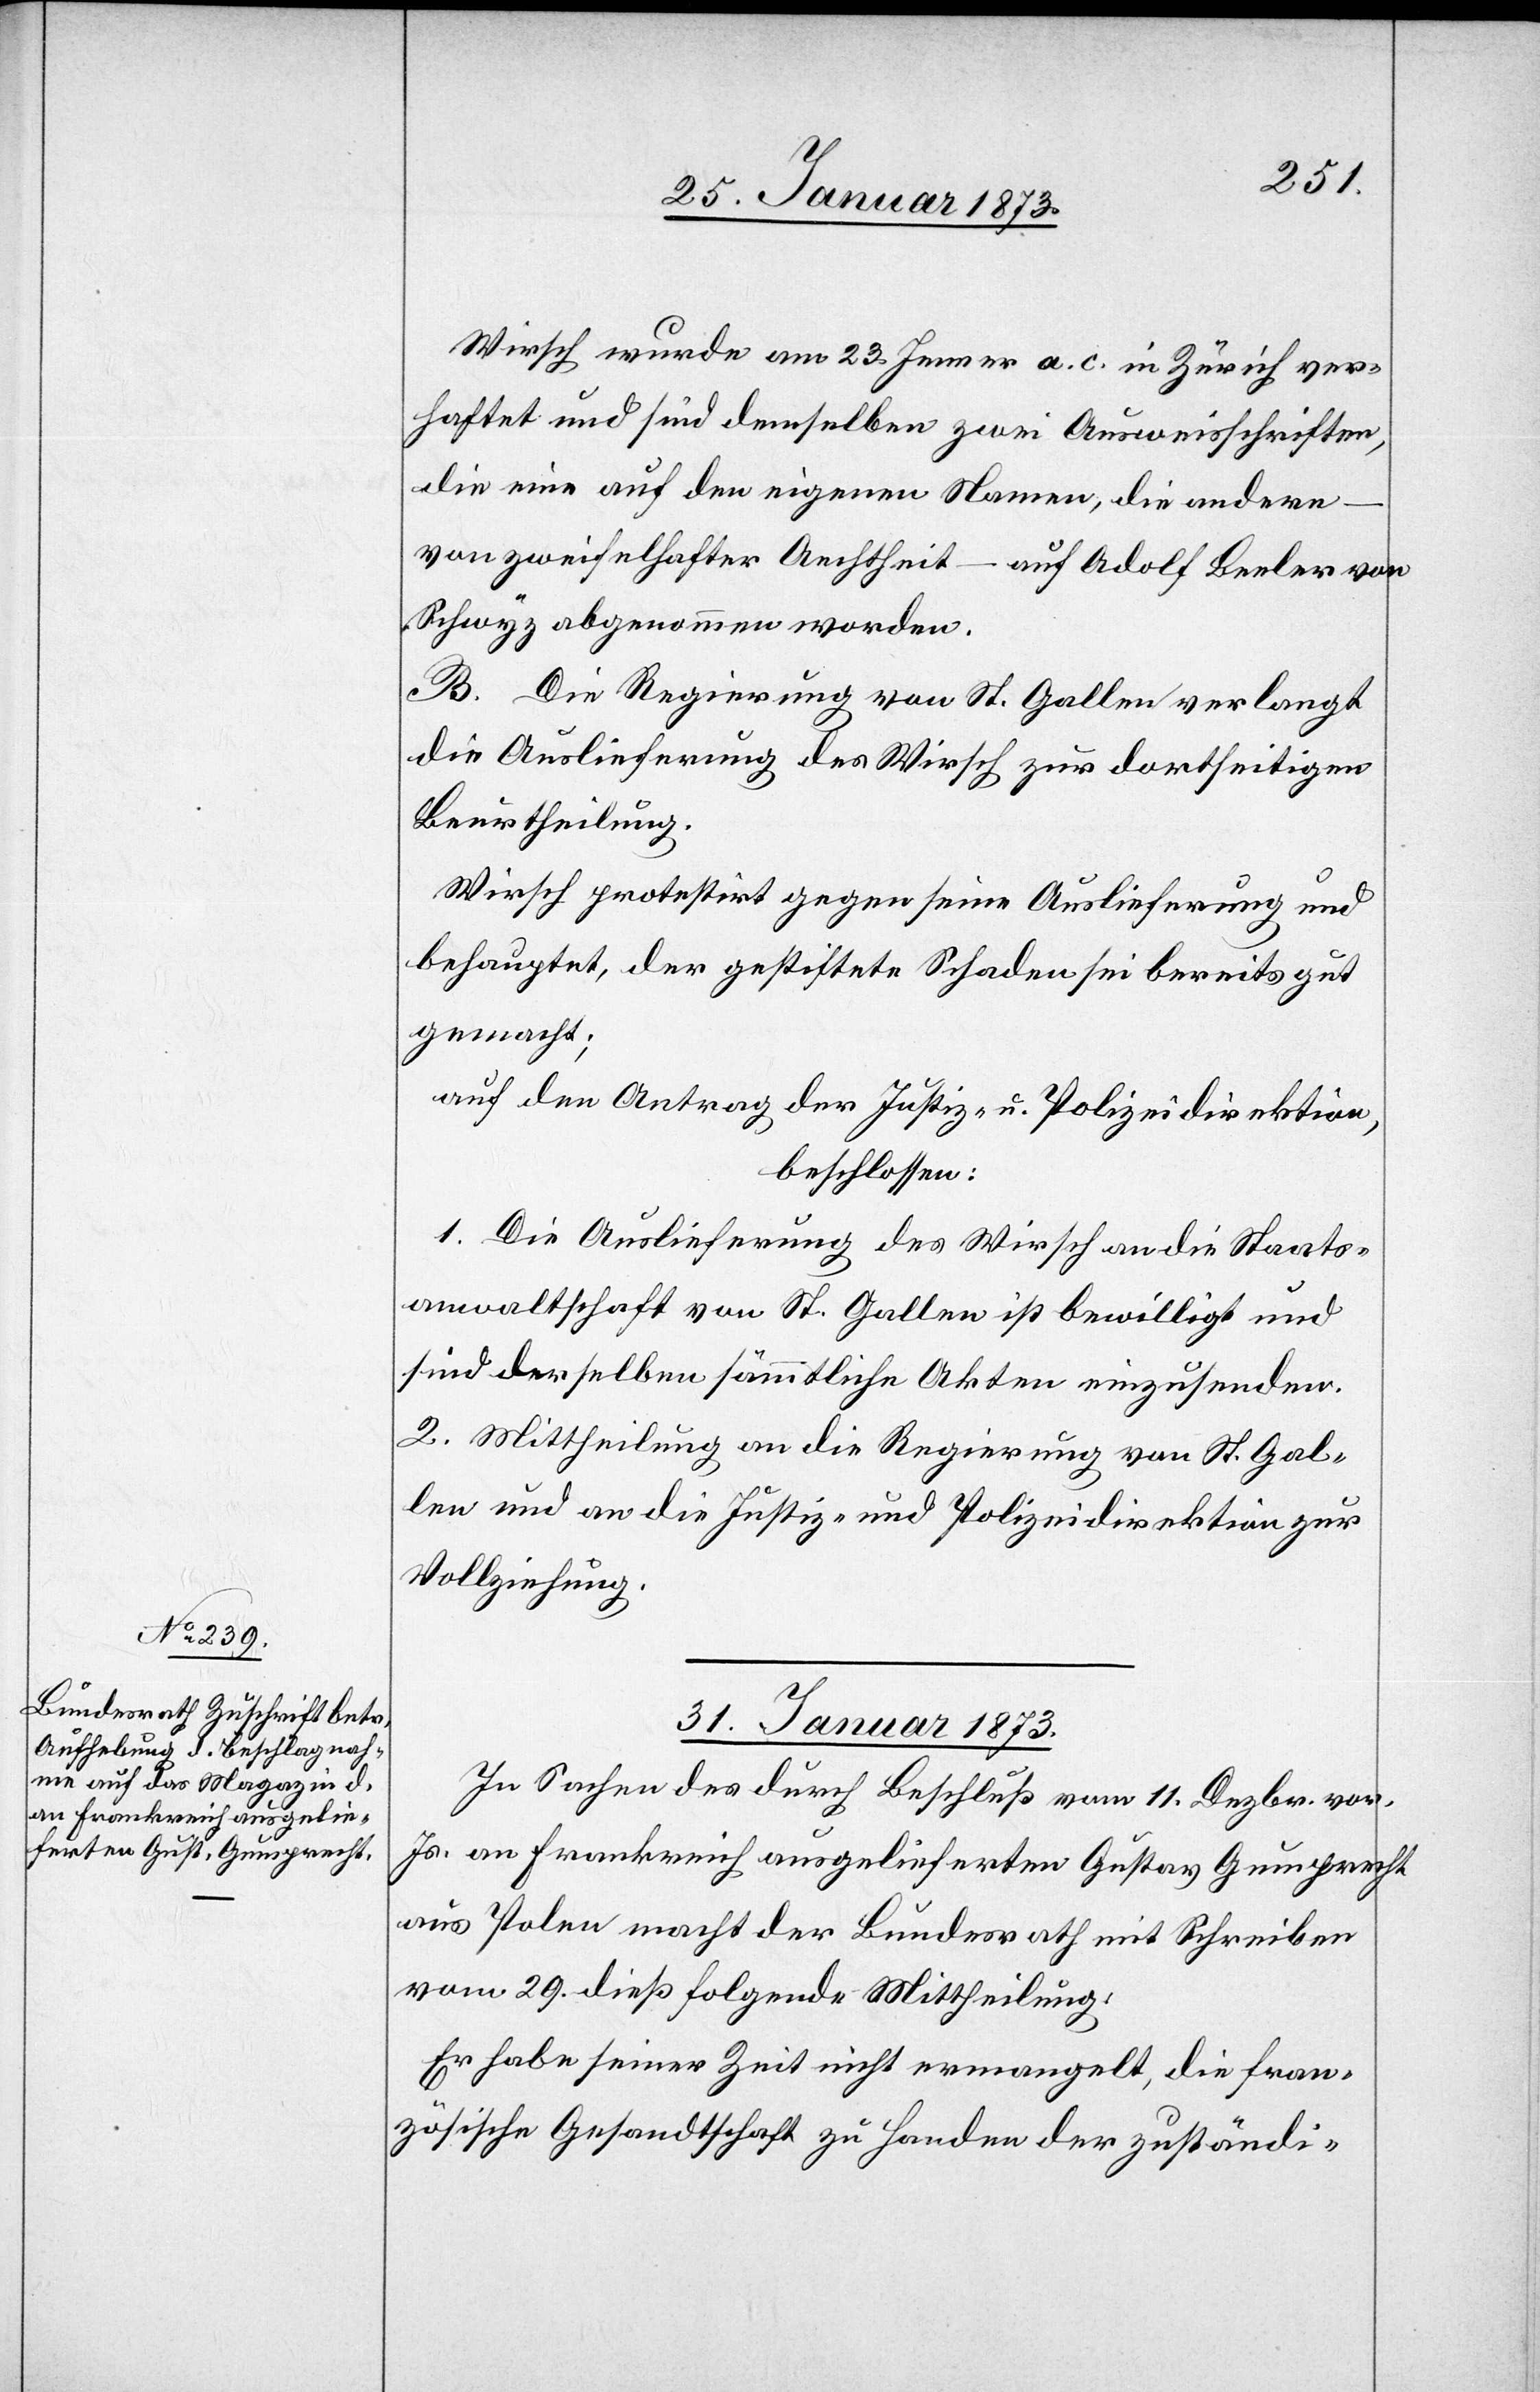
Wirsch wurde am 23. Jenner a. c. in Zürich ver¬
haftet und sind demselben zwei Ausweisschriften,
die eine auf den eigenen Namen, die andere
von zweifelhafter Aechtheit – auf Adolf Beeler von
Schwyz abgenommen worden.
B. Die Regierung von St. Gallen verlangt
die Auslieferung des Wirsch zur dortseitigen
Beurtheilung.
Wirsch protestirt gegen seine Auslieferung und
behauptet, der gestiftete Schaden sei bereits gut
gemacht;
auf den Antrag der Justiz- u. Polizeidirektion,
beschlossen:
1. Die Auslieferung des Wirsch an die Staats¬
anwaltschaft von St. Gallen ist bewilligt und
sind derselben sämmtliche Akten einzusenden.
2. Mittheilung an die Regierung von St. Gal¬
len und an die Justiz- und Polizeidirektion zur
Vollziehung.
31. Januar 1873.
In Sachen des durch Beschluß vom 11. Dezbr. vor.
Js. an Frankreich ausgelieferten Gustav Gumprecht
aus Polen macht der Bundesrath mit Schreiben
vom 29. dieß folgende Mittheilung:
Er habe seiner Zeit nicht ermangelt, die fran¬
zösische Gesandtschaft zu Handen der zuständi-